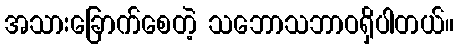
အသားခြောက်စေတဲ့ သဘောသဘာဝရှိပါတယ်။